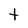
Character: t